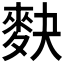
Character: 𪌊